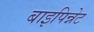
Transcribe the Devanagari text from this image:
बाइपिन्नेट